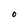
Character: O